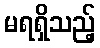
မရရှိသည့်